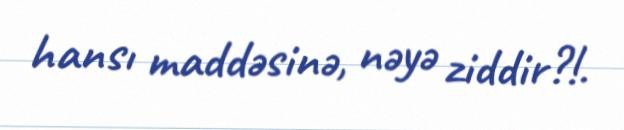
hansı maddəsinə, nəyə ziddir?!.